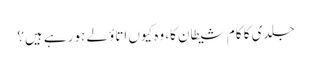
جلدی کا کام شیطان کا، وہ کیوں اتاؤلے ہو رہے ہیں؟